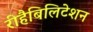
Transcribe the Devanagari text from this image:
रीहैबिलिटेशन